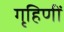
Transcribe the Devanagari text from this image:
गृहिणीं